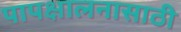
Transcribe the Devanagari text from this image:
पापक्षालनासाठी